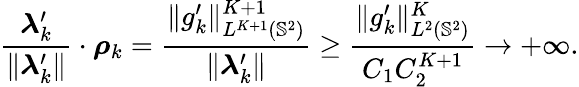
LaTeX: \frac{\boldsymbol{\lambda}_{k}^{\prime}}{\| \boldsymbol{\lambda}_{k}^{\prime}\| }\cdot\boldsymbol{\rho}_{k}=\frac{\| g_{k}^{\prime}\| _{L^{K+1}(\mathbb{S}^{2})}^{K+1}}{\| \boldsymbol{\lambda}_{k}^{\prime}\| }\geq\frac{\| g_{k}^{\prime}\| _{L^{2}(\mathbb{S}^{2})}^{K}}{C_{1}C_{2}^{K+1}}\rightarrow+\infty.